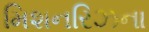
મિશનરિઝના